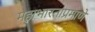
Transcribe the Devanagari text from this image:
महाभारताप्रमाणे